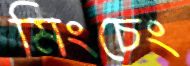
মিংচেং